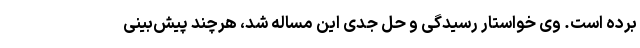
برده است. وی خواستار رسیدگی و حل جدی این مساله شد، هرچند پیش‌بینی